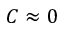
C \approx 0